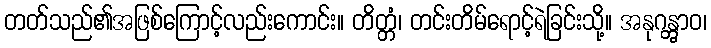
တတ်သည်၏အဖြစ်ကြောင့်လည်းကောင်း။ တိတ္တံ၊ တင်းတိမ်ရောင့်ရဲခြင်းသို့။ အနုဂန္တွာဝ၊